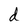
Character: d